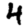
Digit: 4